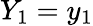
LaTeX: Y_{1}=y_{1}